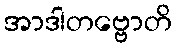
အာဒါတဗ္ဗောတိ